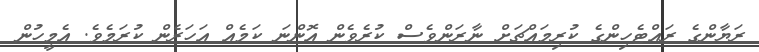
ރަޔާންގެ ރައްޓެހިންގެ ކުރިމައްޗަށް ނާރަންވެސް ކުރެވެން އޮންނަ ކަމެއް އަހަރެން ކުރަމެވެ. އެމީހުން